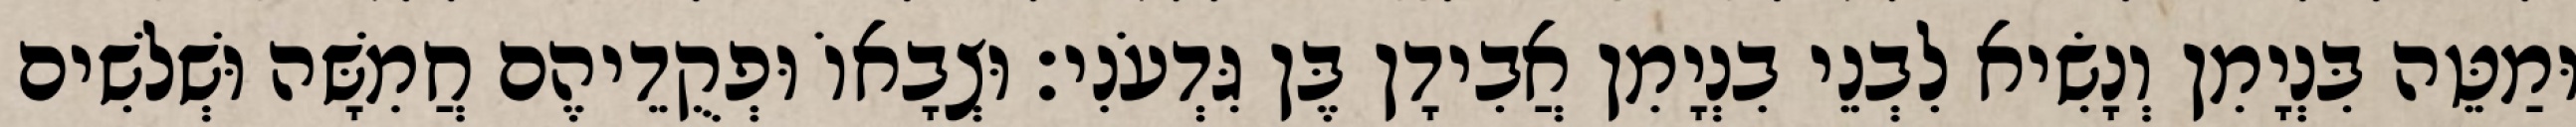
וּמַטֵּה בִּנְיָמִן וְנָשִׂיא לִבְנֵי בִנְיָמִן אֲבִידָן בֶּן גִּדְעֹנִי׃ וּצְבָאוֹ וּפְקֻדֵיהֶם חֲמִשָּׁה וּשְׁלשִׁים